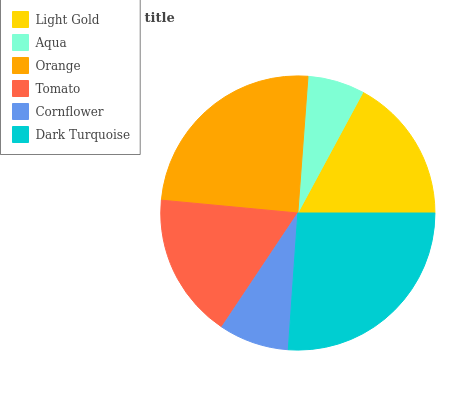
| Light Gold | Aqua | Orange | Tomato | Cornflower | Dark Turquoise |
 | --- | --- | --- | --- | --- | --- |
 | 17.2% | 6.69% | 24.6% | 17.2% | 8.25% | 26.1% |